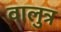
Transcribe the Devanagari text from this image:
वालुत्र